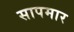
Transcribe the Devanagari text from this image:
सापमार